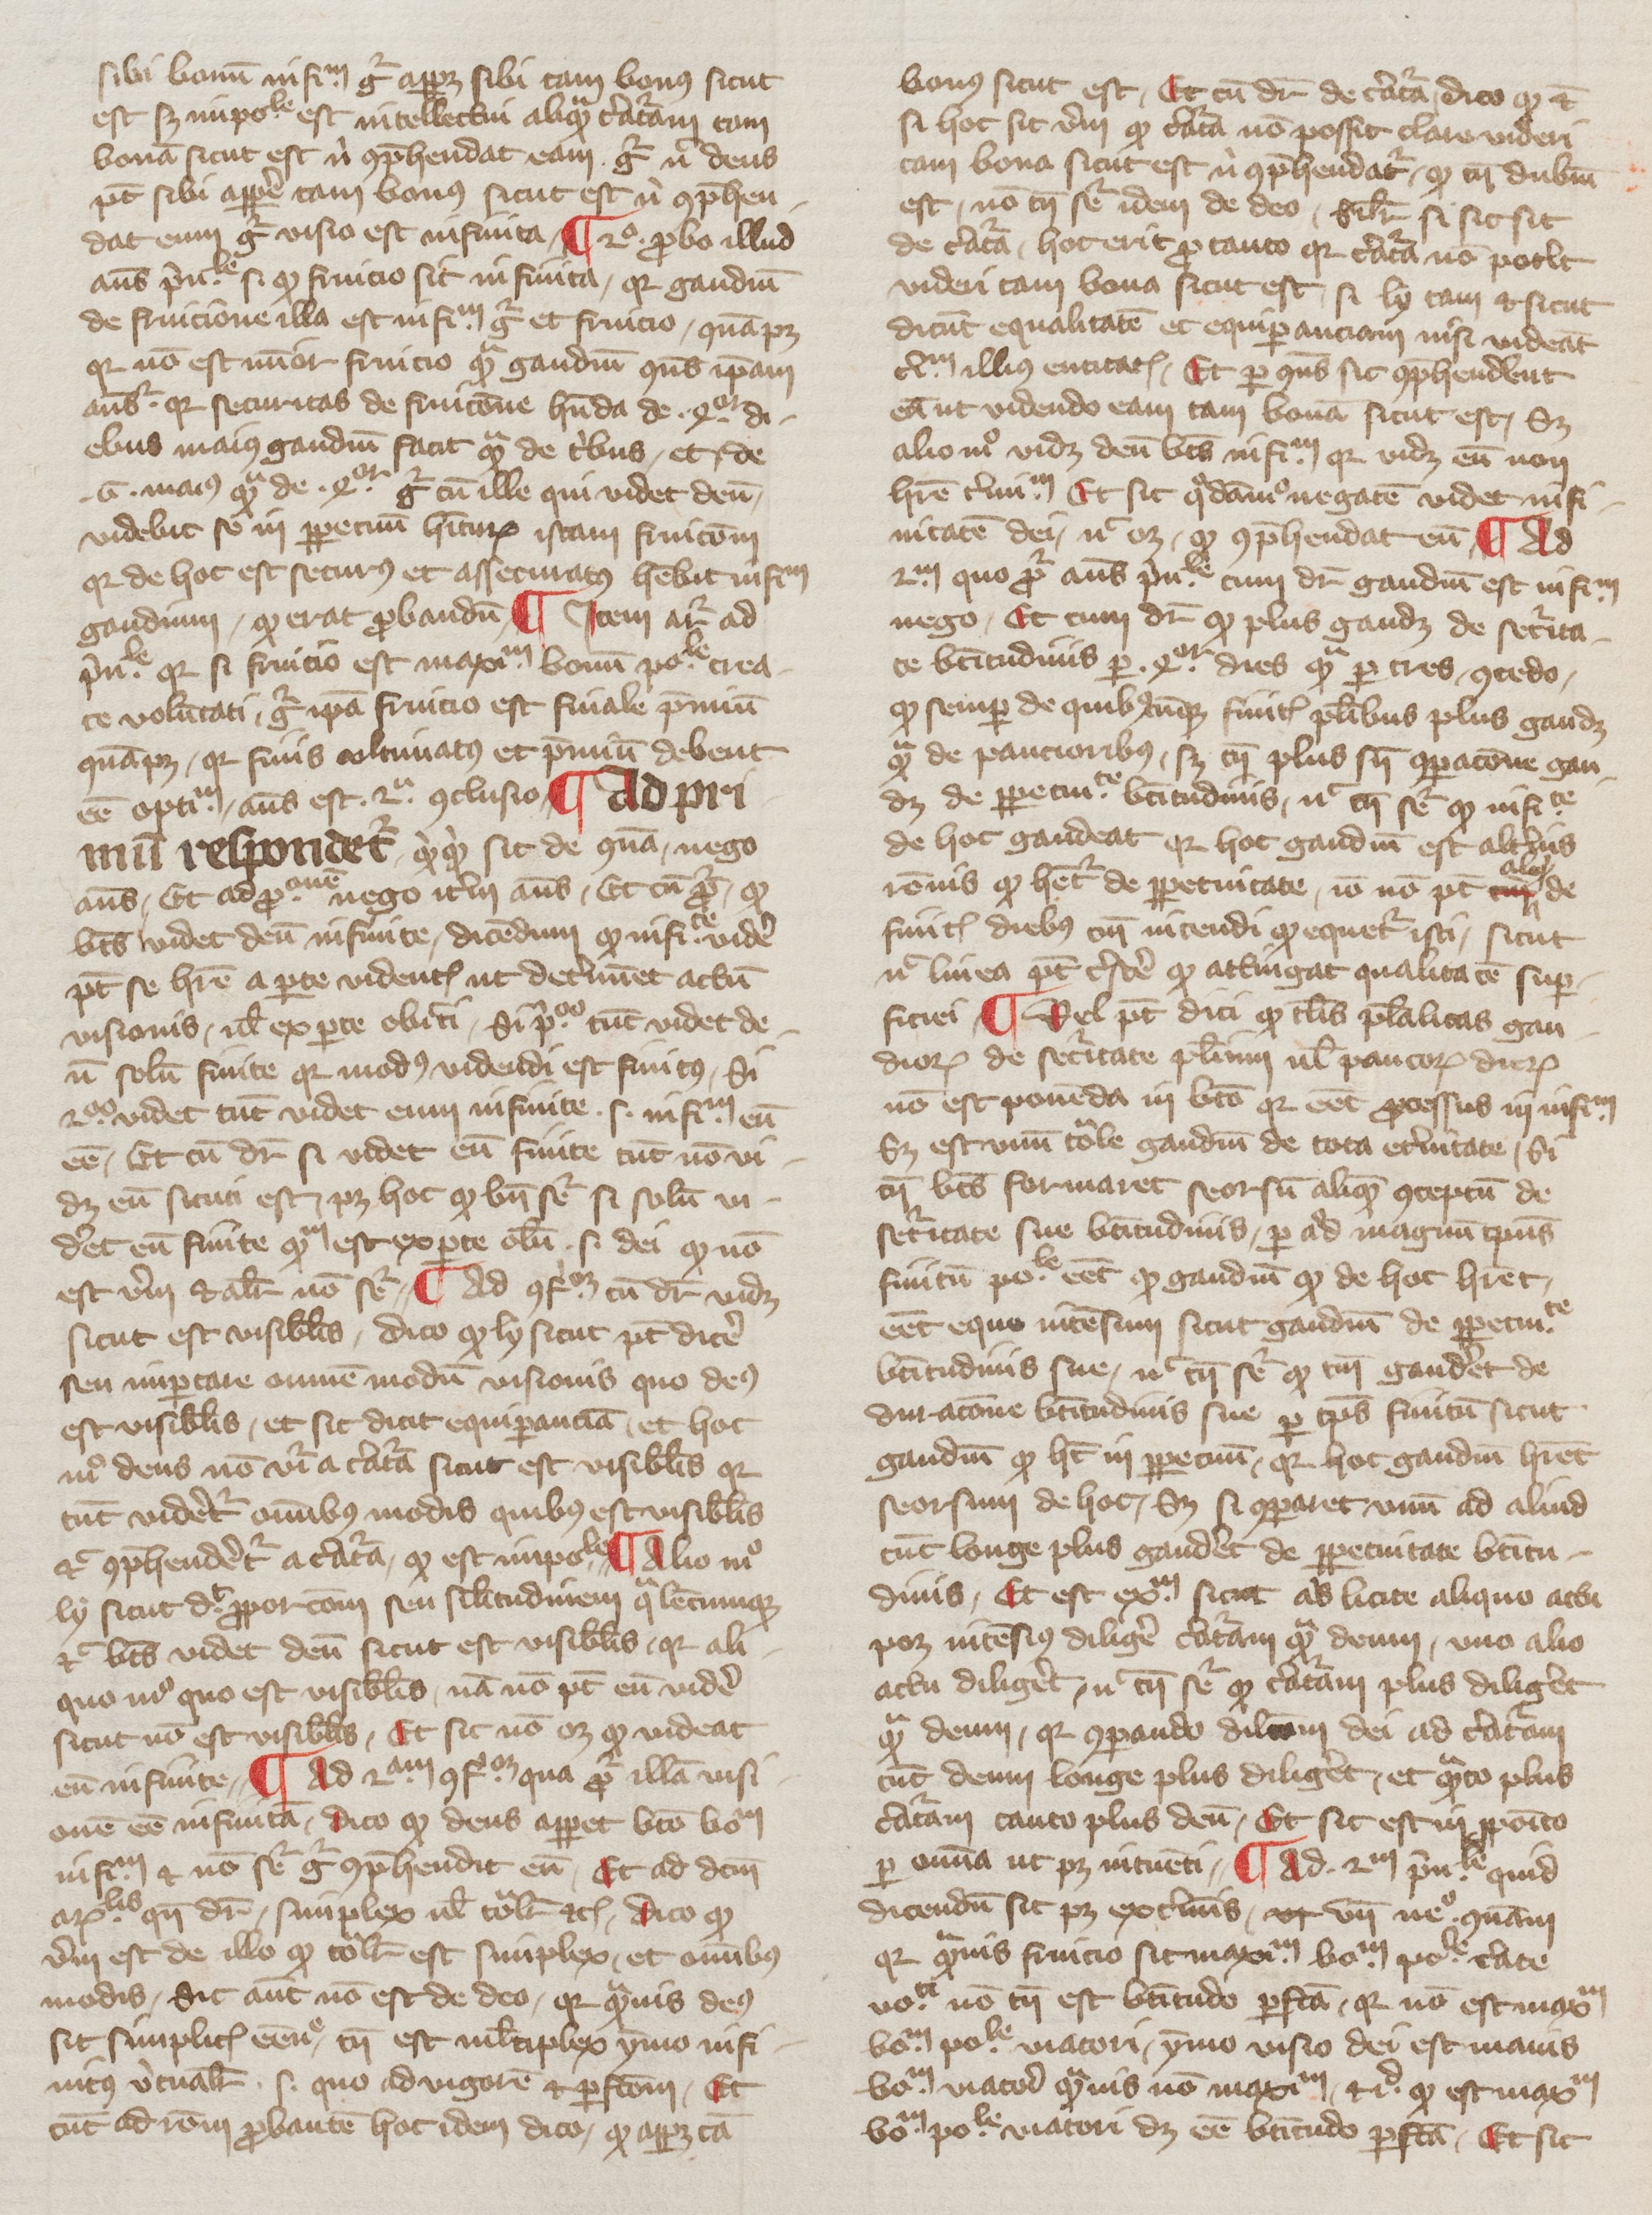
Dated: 1350–1399